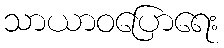
သာယာဝပြောရေး